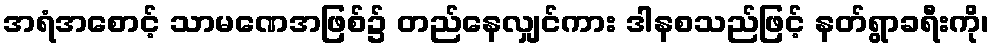
အရံအစောင့် သာမဏေအဖြစ်၌ တည်နေလျှင်ကား ဒါနစသည်ဖြင့် နတ်ရွာခရီးကို၊